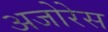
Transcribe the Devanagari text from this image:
अजोरेस